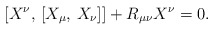
\begin{align*} [X^\nu,\,[X_\mu,\,X_\nu]] + R_{\mu\nu}X^\nu=0.\end{align*}